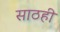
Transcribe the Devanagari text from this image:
साठही